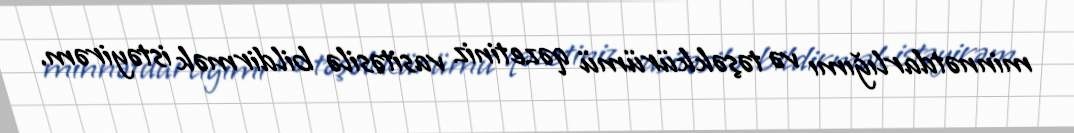
minnətdarlığımı və təşəkkürümü qəzetiniz vasitəsilə bildirmək istəyirəm.